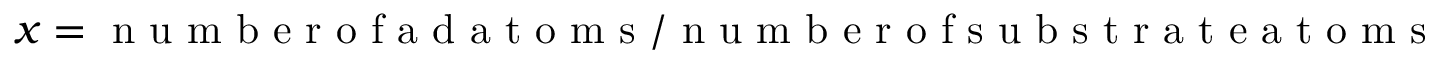
x = \mathrm { ~ n ~ u ~ m ~ b ~ e ~ r ~ o ~ f ~ a ~ d ~ a ~ t ~ o ~ m ~ s ~ } / \mathrm { ~ n ~ u ~ m ~ b ~ e ~ r ~ o ~ f ~ s ~ u ~ b ~ s ~ t ~ r ~ a ~ t ~ e ~ a ~ t ~ o ~ m ~ s ~ }